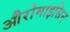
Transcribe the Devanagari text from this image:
औरोमाइसिन